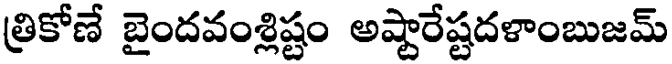
త్రికోణే బైందవంశ్లిష్టం అష్టారేష్టదళాంబుజమ్